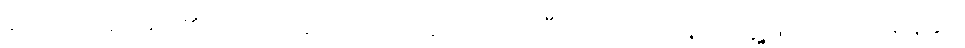
ဖောက်သည်များ၏ အကြံပြုချက်များကို နားထောင်ပြီး သင့်လုပ်ငန်းကို ဖွံ့ဖြိုးတိုးတက်ရန်နှင့်